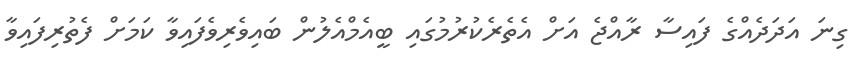
ގިނަ އަދަދެއްގެ ފައިސާ ރާއްޖެ އަށް އެތެރެކުރުމުގައި ބީއެމްއެލުން ބައިވެރިވެފައިވާ ކަމަށް ފެތުރިފައިވާ